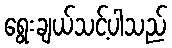
ရွေးချယ်သင့်ပါသည်